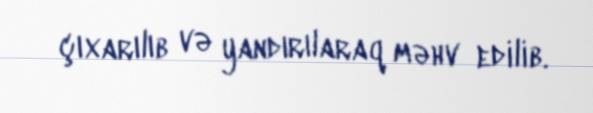
çıxarılıb və yandırılaraq məhv edilib.